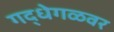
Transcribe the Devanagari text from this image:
गद्धेगळवर